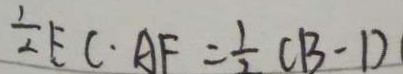
\frac { 1 } { 2 } E C \cdot A F = \frac { 1 } { 2 } ( 1 3 - 1 )